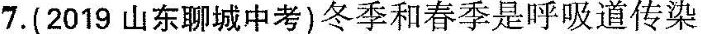
7.(2019山东聊城中考)冬季和春季是呼吸道传染